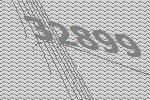
32899